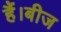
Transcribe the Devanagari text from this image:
हैं।बीज